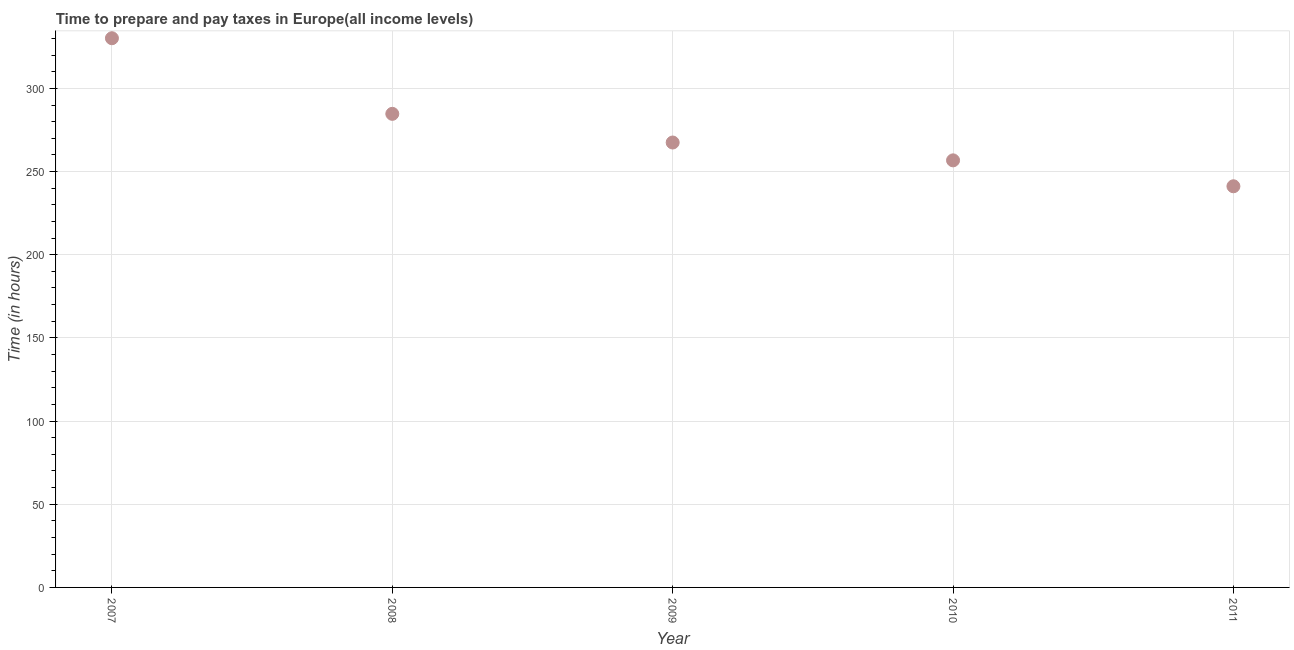
| Year | Time to prepare and pay taxes |
 | --- | --- |
 | 2007 | 330 |
 | 2008 | 285 |
 | 2009 | 267 |
 | 2010 | 257 |
 | 2011 | 241 |